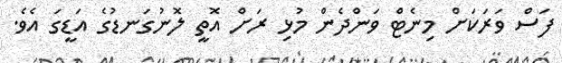
ފަސް ވަރަކަށް މިނެޓް ވަންދެން މުޅި ރަށް އޮތީ ލޮނުގަނޑުގެ އަޑީގަ އެވެ.